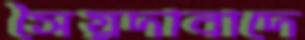
সৈয়দাবাদে